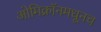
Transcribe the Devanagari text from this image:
ओमिक्रॉनमधूनच